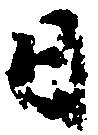
日